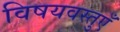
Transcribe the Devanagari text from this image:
विषयवस्तुएँ